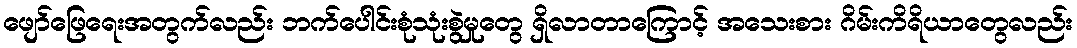
ဖျော်ဖြေရေးအတွက်လည်း ဘက်ပေါင်းစုံသုံးစွဲမှုတွေ ရှိလာတာကြောင့် အသေးစား ဂိမ်းကိရိယာတွေလည်း